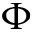
\Phi